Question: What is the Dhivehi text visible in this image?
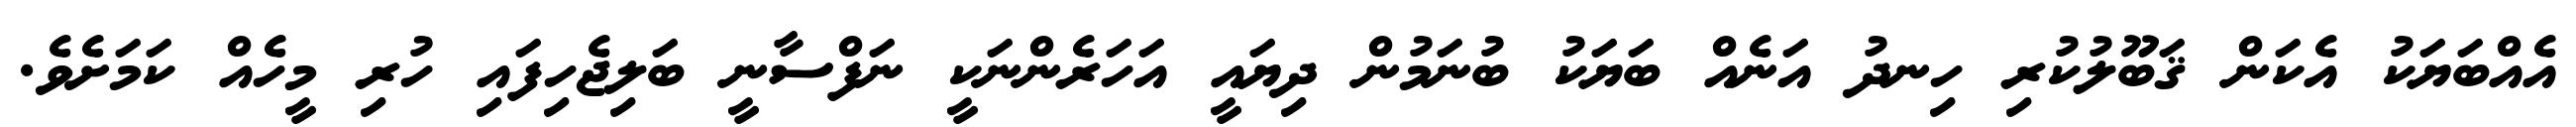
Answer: އެއްބަޔަކު އެކަން ޤަބޫލުކުރި ހިނދު އަނެއް ބަޔަކު ބުނަމުން ދިޔައީ އަހަރެންނަކީ ނަފްސާނީ ބަލިޖެހިފައި ހުރި މީހެއް ކަމަށެވެ.